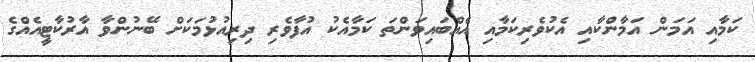
ކަމާއި އަމަން އަމާންކާއި އެކުވެރިކަމާއި އެއްބައިވަންތަ ކަމާއެކު އުފާވެރި ދިރިއުޅުމަކަށް ބޭނުންވާ އާރުކާޓީއެއްގެ